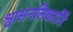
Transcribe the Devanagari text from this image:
श्वासनलिकार्ति